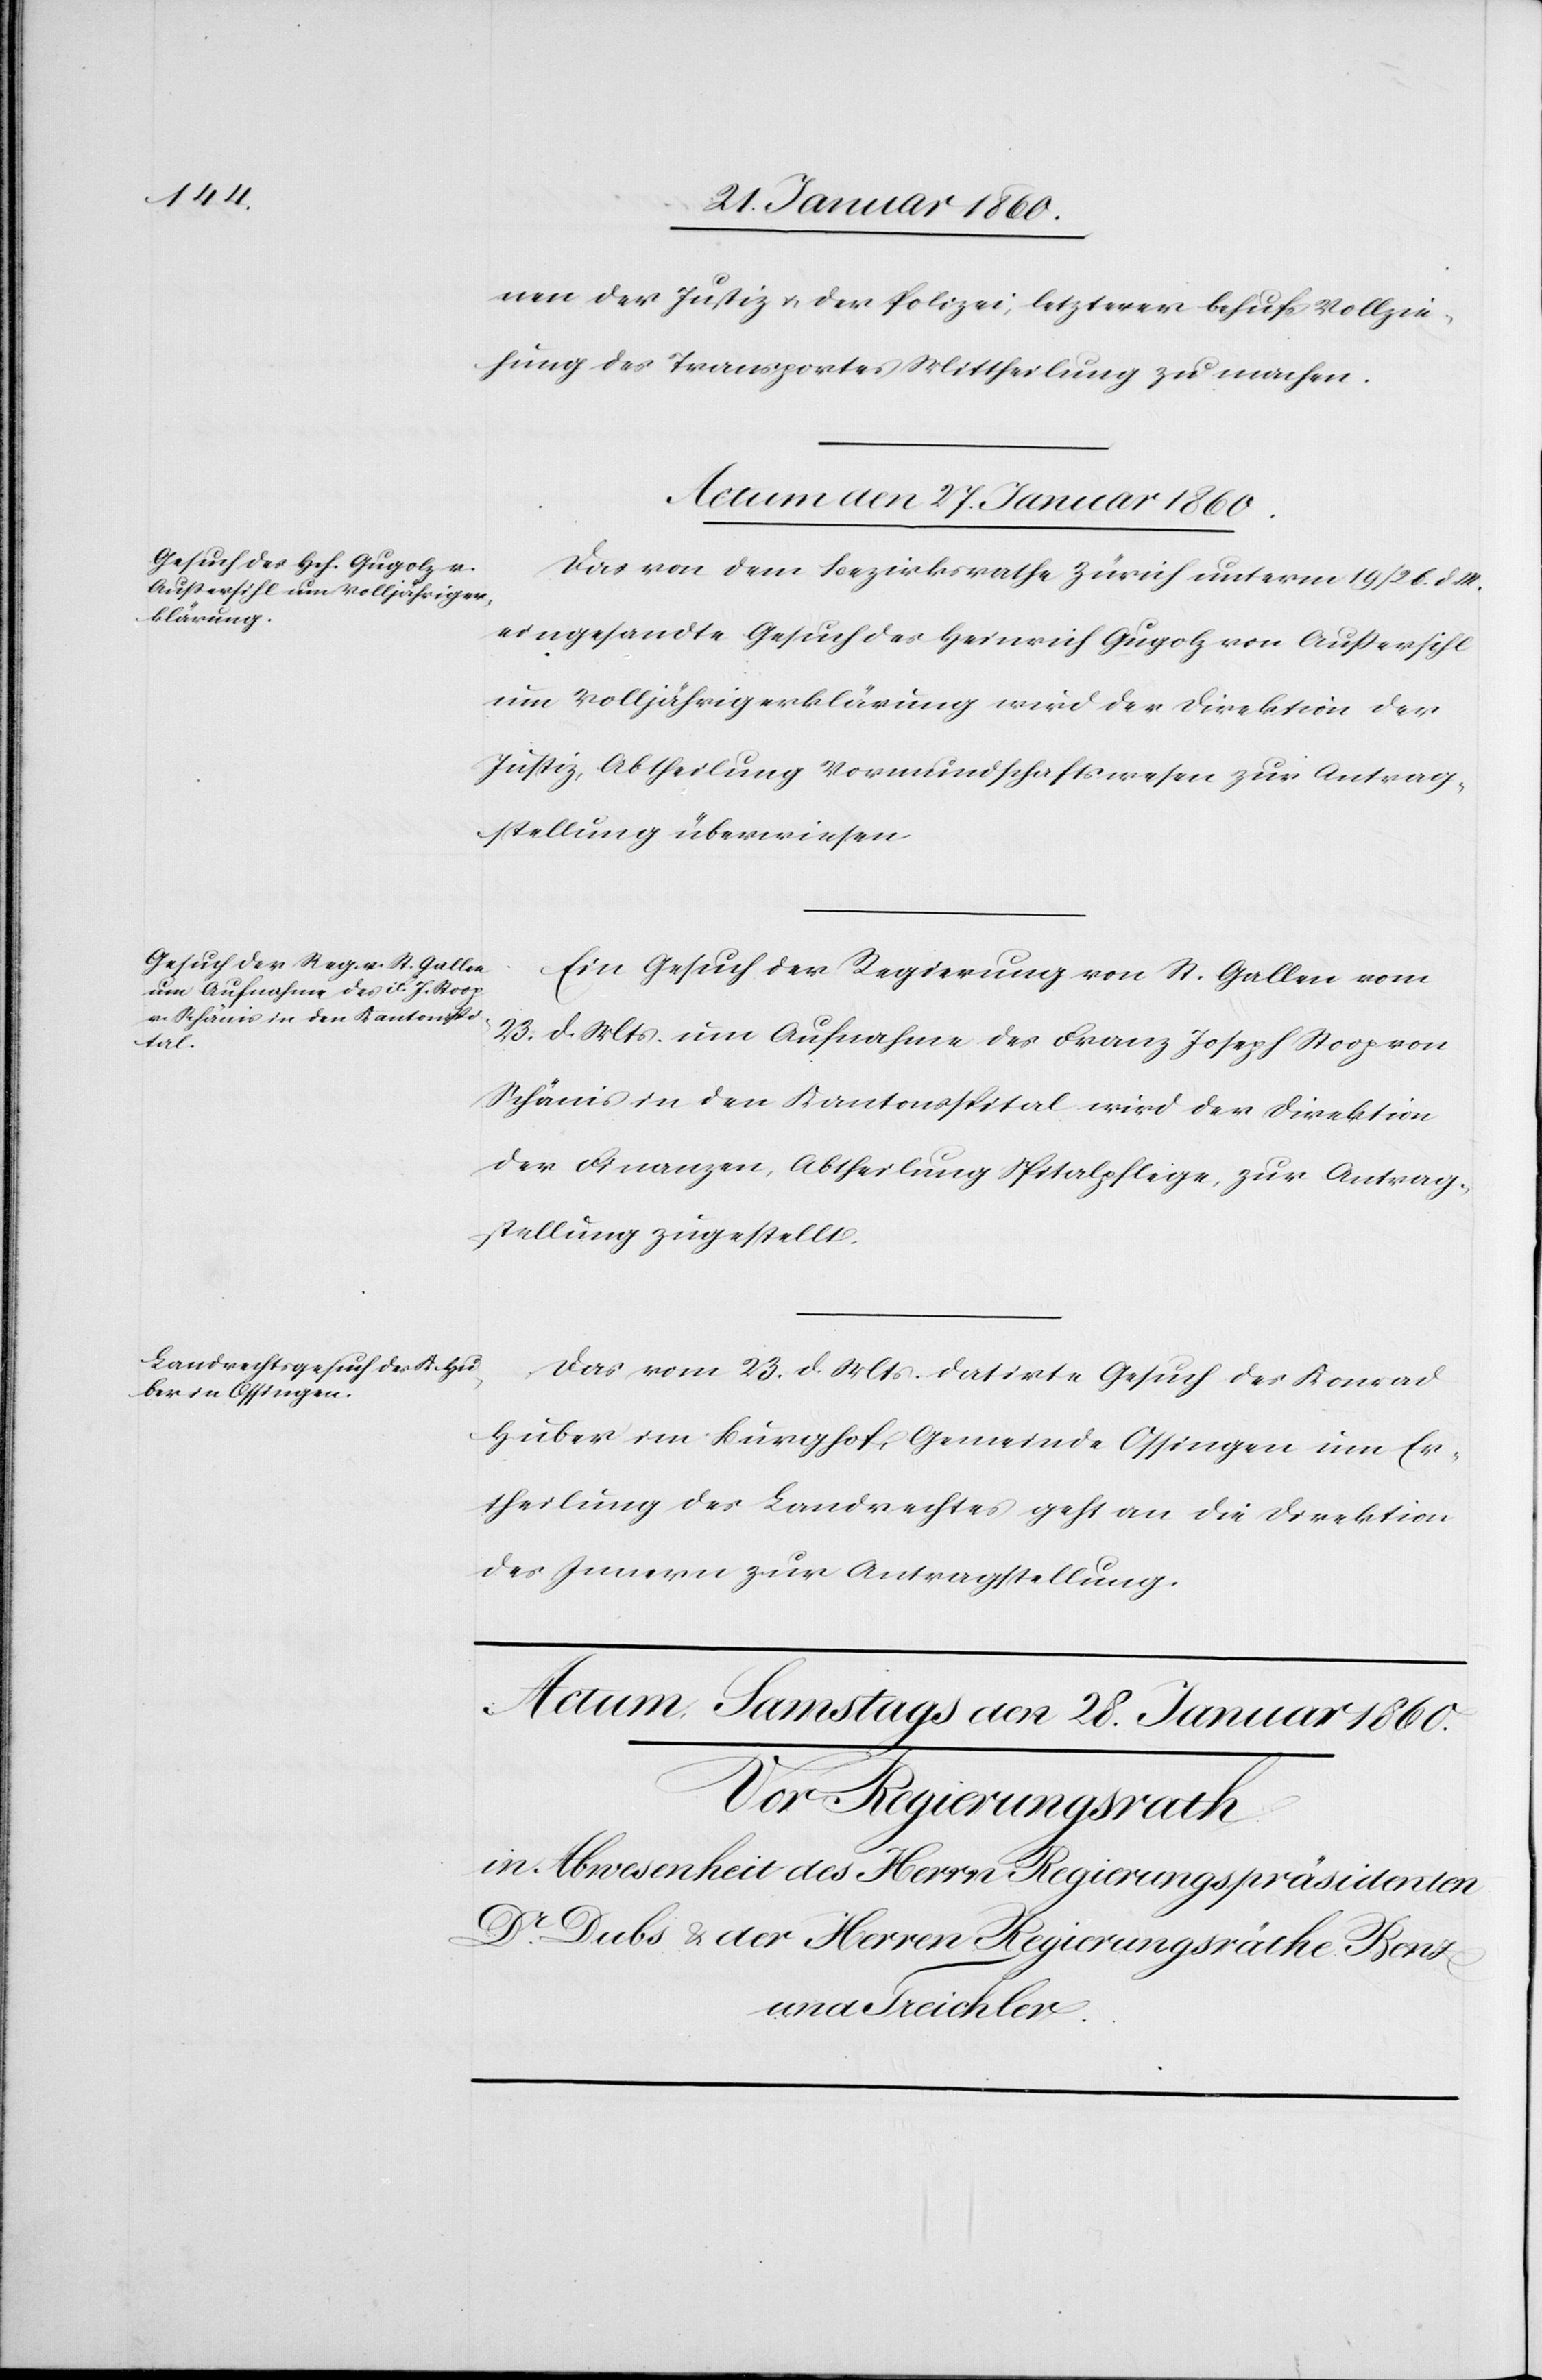
nen der Justiz u. der Polizei, letzterer behufs Vollzie¬
hung des Transportes Mittheilung zu machen.
Actum den 27. Januar 1860.]
Das von dem Bezirksrathe Zürich unterm 19/26. d. M.
eingesandte Gesuch des Heinrich Gugolz von Aussersihl
um Volljährigerklärung wird der Direktion der
Justiz, Abtheilung Vormundschaftswesen zur Antrag¬
stellung überwiesen.
Ein Gesuch der Regierung von St. Gallen vom
23. d. Mts. um Aufnahme des Franz Joseph Stoop von
Schänis in den Kantonsspital wird der Direktion
der Finanzen, Abtheilung Spitalpflege, zur Antrag¬
stellung zugestellt.
Das vom 23. d. Mts. datirte Gesuch des Konrad
Huber im Burghof, Gemeinde Ossingen um Er¬
theilung des Landrechtes geht an die Direktion
des Innern zur Antragstellung.